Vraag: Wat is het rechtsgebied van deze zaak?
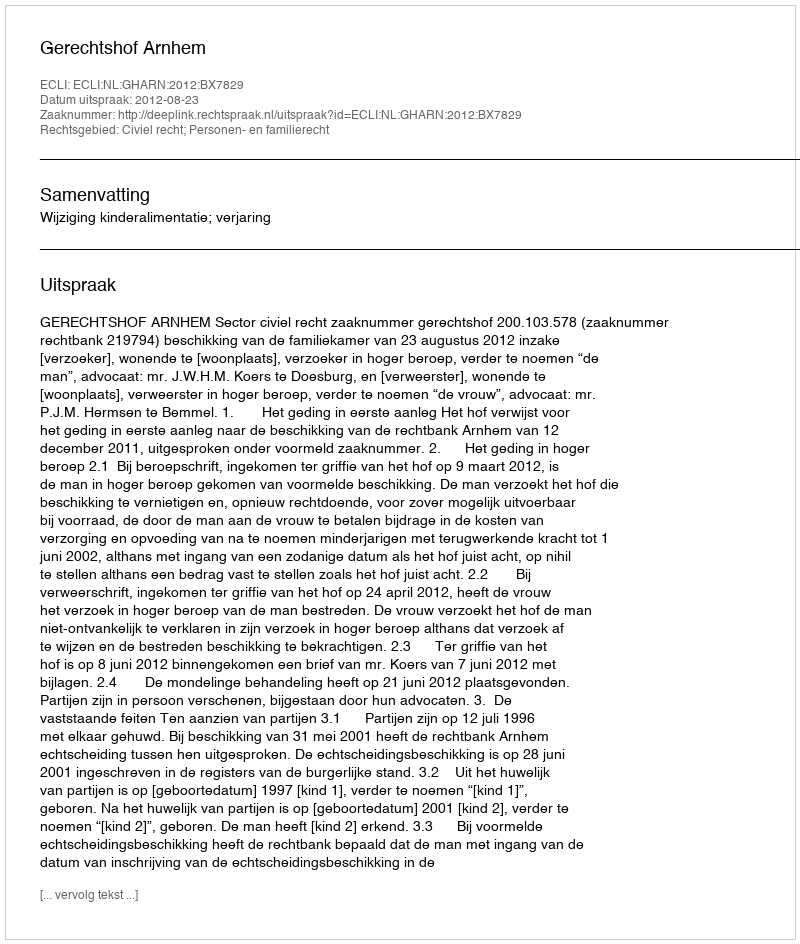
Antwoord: Civiel recht; Personen- en familierecht